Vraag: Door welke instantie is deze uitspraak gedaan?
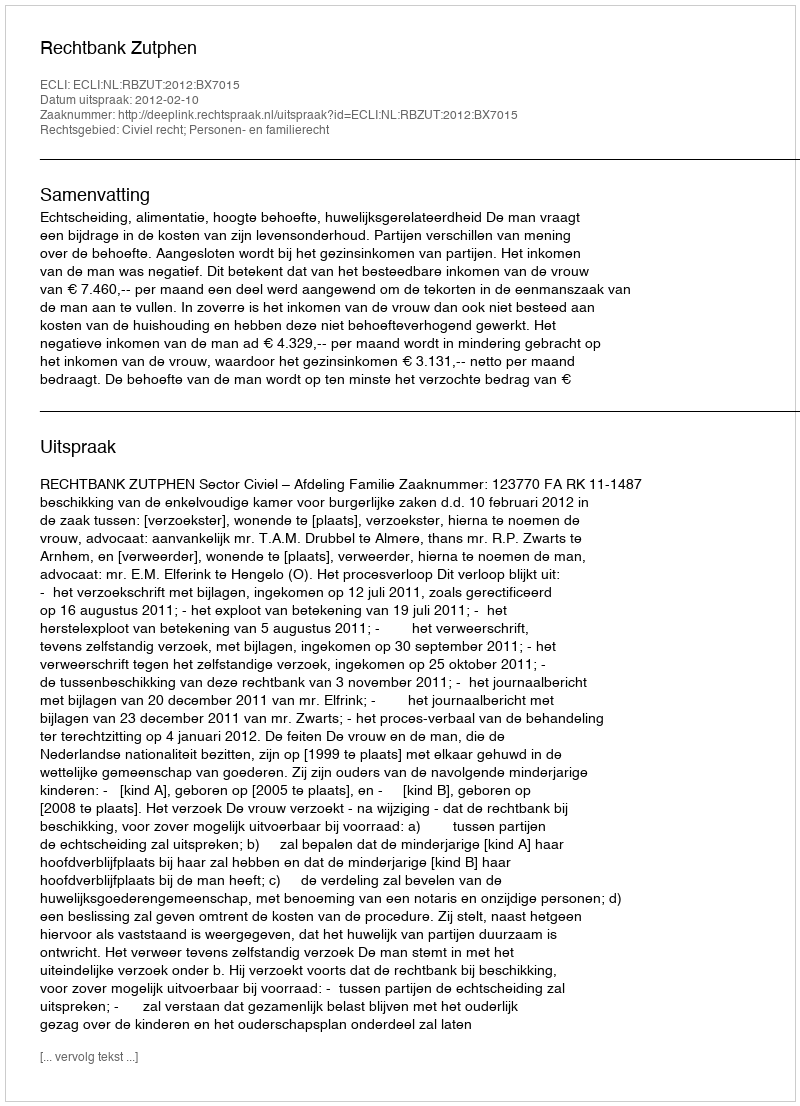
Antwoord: Rechtbank Zutphen